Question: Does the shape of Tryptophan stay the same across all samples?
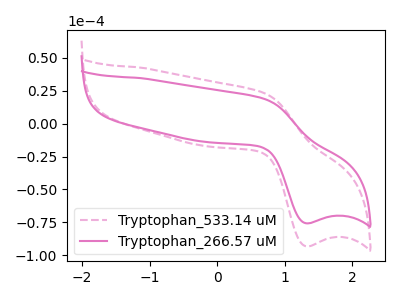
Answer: <think>The pink dashed curve "Tryptophan_533.14 uM" has an anodic peak at (0.70V, 23.45uA) and a cathodic peak at (1.30V, -93.20uA). The pink curve "Tryptophan_266.57 uM" has an anodic peak at (0.70V, 19.05uA) and a cathodic peak at (1.30V, -75.70uA).
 All the peaks in "Tryptophan_533.14 uM" have a peak in "Tryptophan_266.57 uM" at the same potential. Every peak in "Tryptophan_533.14 uM" is higher than every peak in "Tryptophan_266.57 uM".</think>
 <answer>All the CV's of "Tryptophan" have similar shape.</answer>
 <eval>follow_rule</eval>